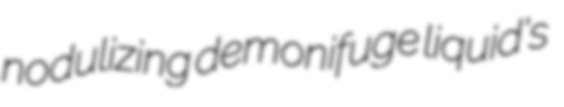
nodulizing demonifuge liquid's